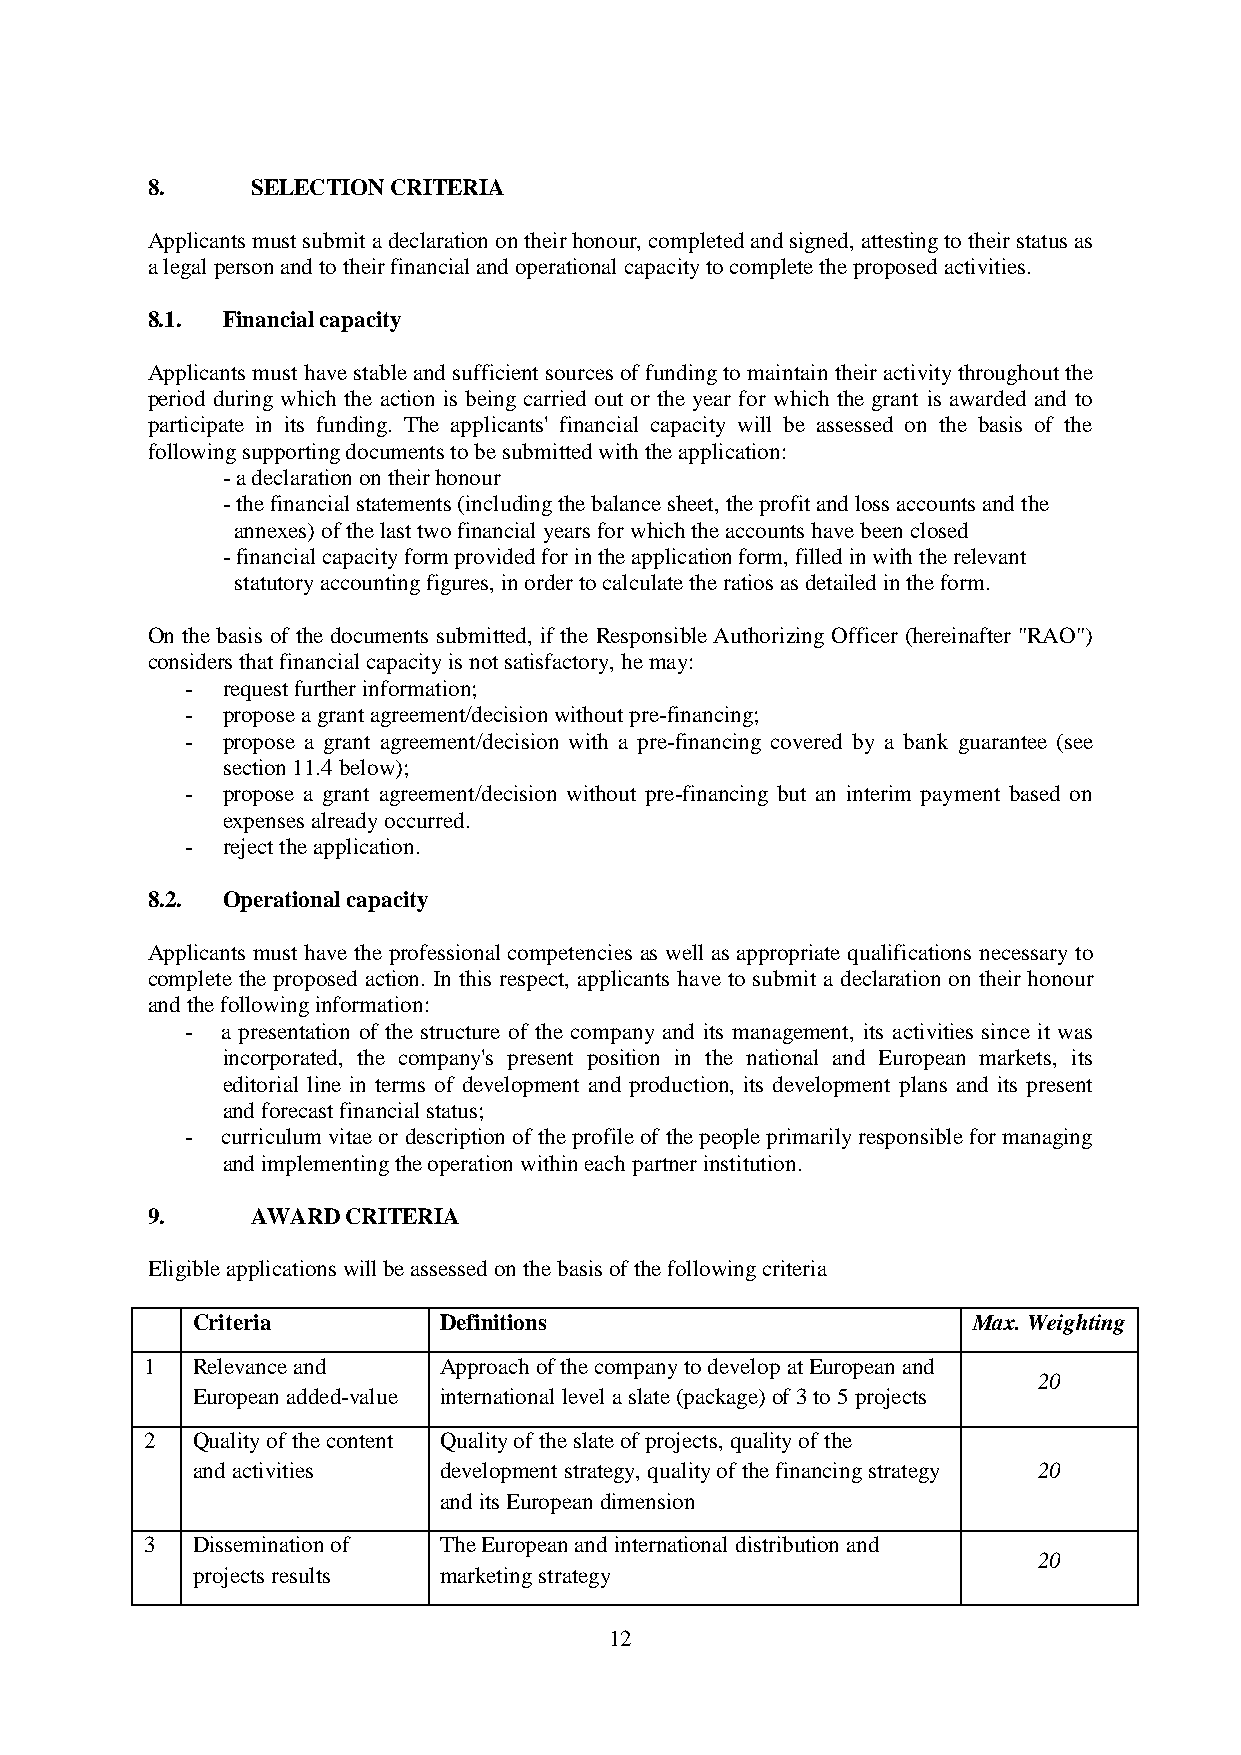
8.     SELECTION CRITERIA
 Applicants must submit a declaration on their honour, completed and signed, attesting to their status as
 a legal person and to their financial and operational capacity to complete the proposed activities.
 8.1. Financial capacity
 Applicants must have stable and sufficient sources of funding to maintain their activity throughout the
 period during which the action is being carried out or the year for which the grant is awarded and to
 participate in its funding. The applicants' financial capacity will be assessed on the basis of the
 following supporting documents to be submitted with the application:
 - a declaration on their honour
 - the financial statements (including the balance sheet, the profit and loss accounts and the
 annexes) of the last two financial years for which the accounts have been closed
 - financial capacity form provided for in the application form, filled in with the relevant
 statutory accounting figures, in order to calculate the ratios as detailed in the form.
 On the basis of the documents submitted, if the Responsible Authorizing Officer (hereinafter "RAO")
 considers that financial capacity is not satisfactory, he may:
 -  request further information;
 -  propose a grant agreement/decision without pre-financing;
 -  propose a grant agreement/decision with a pre-financing covered by a bank guarantee (see
 section 11.4 below);
 -  propose a grant agreement/decision without pre-financing but an interim payment based on
 expenses already occurred.
 -  reject the application.
 8.2. Operational capacity
 Applicants must have the professional competencies as well as appropriate qualifications necessary to
 complete the proposed action. In this respect, applicants have to submit a declaration on their honour
 and the following information:
 -  a presentation of the structure of the company and its management, its activities since it was
 incorporated, the company's present position in the national and European markets, its
 editorial line in terms of development and production, its development plans and its present
 and forecast financial status;
 -  curriculum vitae or description of the profile of the people primarily responsible for managing
 and implementing the operation within each partner institution.
 9.     AWARD CRITERIA
 Eligible applications will be assessed on the basis of the following criteria
 Criteria        Definitions                        Max. Weighting
 1  Relevance and   Approach of the company to develop at European and
 20
 European added-value international level a slate (package) of 3 to 5 projects
 2  Quality of the content Quality of the slate of projects, quality of the
 and activities  development strategy, quality of the financing strategy 20
 and its European dimension
 3  Dissemination of The European and international distribution and
 20
 projects results marketing strategy
 12